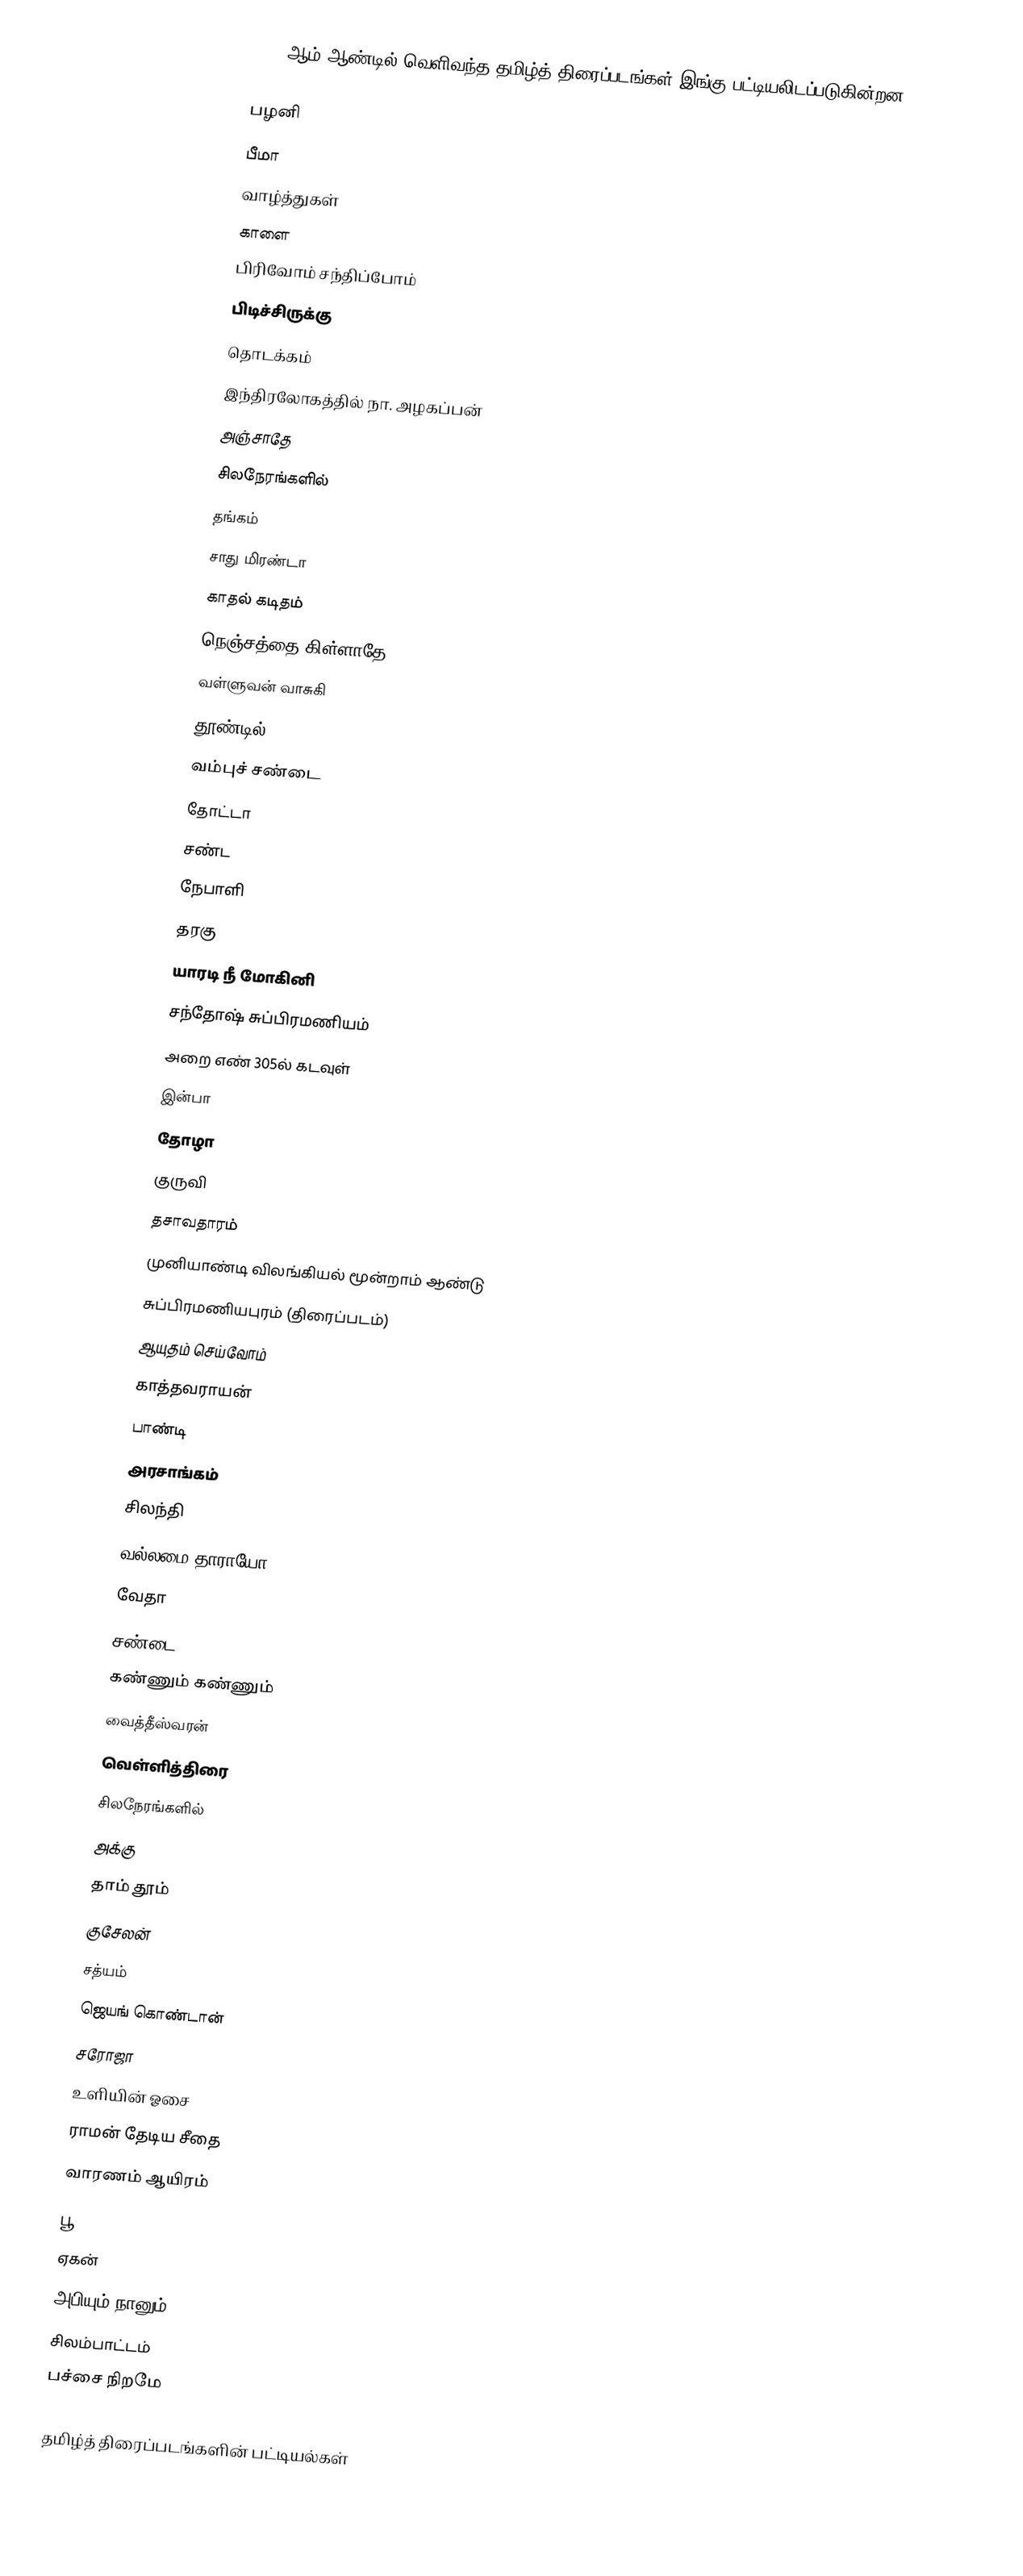
2008 ஆம் ஆண்டில் வெளிவந்த தமிழ்த் திரைப்படங்கள் இங்கு பட்டியலிடப்படுகின்றன.

 பழனி
 பீமா
 வாழ்த்துகள்
 காளை
 பிரிவோம் சந்திப்போம்
 பிடிச்சிருக்கு
 தொடக்கம்
 இந்திரலோகத்தில் நா. அழகப்பன்
 அஞ்சாதே
 சிலநேரங்களில்
 தங்கம்
 சாது மிரண்டா
 காதல் கடிதம்
 நெஞ்சத்தை கிள்ளாதே (2008)
 வள்ளுவன் வாசுகி
 தூண்டில்
 வம்புச் சண்டை
 தோட்டா
 சண்ட
 நேபாளி
 தரகு
 யாரடி நீ மோகினி
 சந்தோஷ் சுப்பிரமணியம்
 அறை எண் 305ல் கடவுள்
 இன்பா
 தோழா
 குருவி
 தசாவதாரம்
 முனியாண்டி விலங்கியல் மூன்றாம் ஆண்டு
 சுப்பிரமணியபுரம் (திரைப்படம்)
 ஆயுதம் செய்வோம்
 காத்தவராயன்
 பாண்டி
 அரசாங்கம்
 சிலந்தி
 வல்லமை தாராயோ
 வேதா
 சண்டை
 கண்ணும் கண்ணும்
 வைத்தீஸ்வரன்
 வெள்ளித்திரை
 சிலநேரங்களில்
 அக்கு
 தாம் தூம்
 குசேலன்
 சத்யம்
 ஜெயங் கொண்டான்
 சரோஜா
 உளியின் ஓசை
 ராமன் தேடிய சீதை
 வாரணம் ஆயிரம்
 பூ
 ஏகன்
 அபியும் நானும்
 சிலம்பாட்டம்
 பச்சை நிறமே

தமிழ்த் திரைப்படங்களின் பட்டியல்கள்